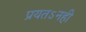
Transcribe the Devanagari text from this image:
प्रयतऽनही